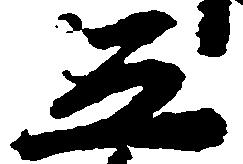
五